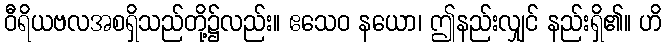
ဝီရိယဗလအစရှိသည်တို့၌လည်း။ ဧသေဝ နယော၊ ဤနည်းလျှင် နည်းရှိ၏။ ဟိ